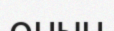
онын